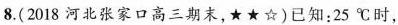
8.(2018河北张家口高三期末，★★☆)已知：25℃时，